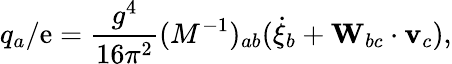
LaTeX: q_{a}/\mathrm{e}=\frac{{g^{4}}}{{16\pi^{2}}}(M^{-1})_{ab}(\dot{{\xi}}_{b}+{\mathbf{W}}_{bc}\cdot{\mathbf{v}}_{c}),